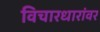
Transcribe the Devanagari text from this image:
विचारधारांवर